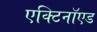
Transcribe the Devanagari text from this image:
एक्टिनॉएड